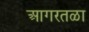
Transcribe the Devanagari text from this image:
आगरतळा